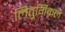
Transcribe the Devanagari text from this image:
लितुर्गिकल